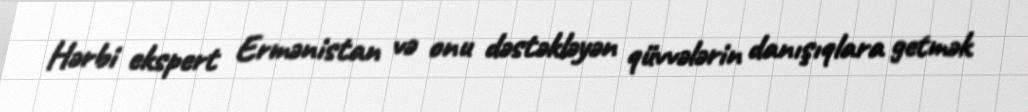
Hərbi ekspert Ermənistan və onu dəstəkləyən qüvvələrin danışıqlara getmək